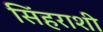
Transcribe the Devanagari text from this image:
सिंहराशी